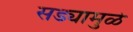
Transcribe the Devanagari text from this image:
सड्यामुळे